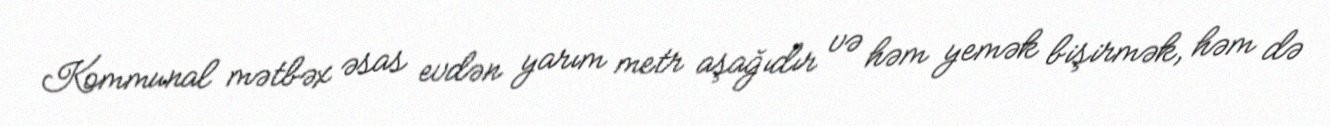
Kommunal mətbəx əsas evdən yarım metr aşağıdır və həm yemək bişirmək, həm də